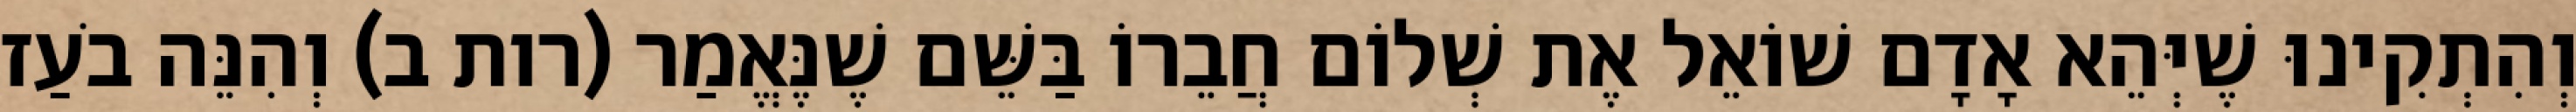
וְהִתְקִינוּ שֶׁיְּהֵא אָדָם שׁוֹאֵל אֶת שְׁלוֹם חֲבֵרוֹ בַּשֵּׁם שֶׁנֶּאֱמַר (רות ב) וְהִנֵּה בֹעַז